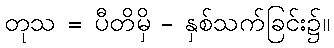
တုသ = ပီတိမှိ - နှစ်သက်ခြင်း၌။